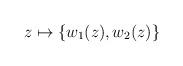
LaTeX: \begin{align*}z \mapsto \{w_1(z), w_2(z) \} \end{align*}